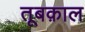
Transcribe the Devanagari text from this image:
तूबक़ाल